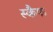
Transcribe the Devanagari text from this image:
स्कैफ